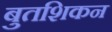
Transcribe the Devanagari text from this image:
बुतशिकन